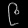
Digit: ၉